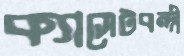
ক্যাসেটবন্দী